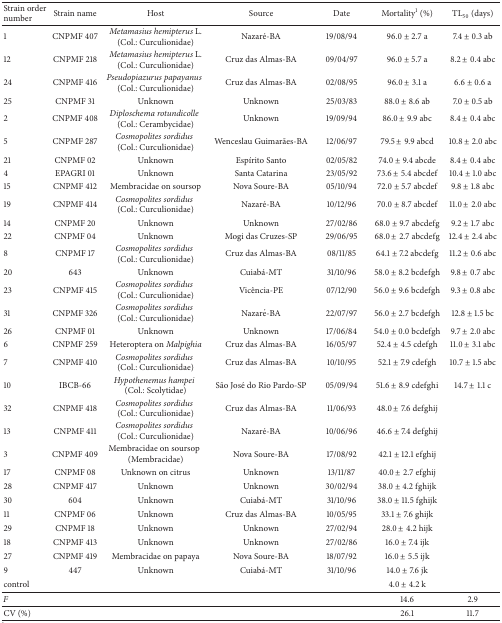
<table><thead><tr><td><b>Strain order number</b></td><td><b>Strain name</b></td><td><b>Host</b></td><td><b>Source</b></td><td><b>Date</b></td><td><b>Mortality<sup>1</sup> (%)</b></td><td><b>TL<sub>50</sub> (days)</b></td></tr></thead><tbody><tr><td>1</td><td>CNPMF 407</td><td><i>Metamasius hemipterus</i> L. (Col.: Curculionidae)</td><td>Nazaré-BA</td><td>19/08/94</td><td>96.0 ± 2.7 a</td><td>7.4 ± 0.3 ab</td></tr><tr><td>12</td><td>CNPMF 218</td><td><i>Metamasius hemipterus</i> L. (Col.: Curculionidae)</td><td>Cruz das Almas-BA</td><td>09/04/97</td><td>96.0 ± 5.7 a</td><td>8.2 ± 0.4 abc</td></tr><tr><td>24</td><td>CNPMF 416</td><td><i>Pseudopiazurus papayanus</i>(Col.: Curculionidae)</td><td>Cruz das Almas-BA</td><td>02/08/95</td><td>96.0 ± 3.1 a</td><td>6.6 ± 0.6 a</td></tr><tr><td>25</td><td>CNPMF 31</td><td>Unknown</td><td>Unknown</td><td>25/03/83</td><td>88.0 ± 8.6 ab</td><td>7.0 ± 0.5 ab</td></tr><tr><td>2</td><td>CNPMF 408</td><td><i>Diploschema rotundicolle</i>(Col.: Cerambycidae)</td><td>Unknown</td><td>19/09/94</td><td>86.0 ± 9.9 abc</td><td>8.4 ± 0.4 abc</td></tr><tr><td>5</td><td>CNPMF 287</td><td><i>Cosmopolites sordidus</i>(Col.: Curculionidae)</td><td>Wenceslau Guimarães-BA</td><td>12/06/97</td><td>79.5 ± 9.9 abcd</td><td>10.8 ± 2.0 abc</td></tr><tr><td>21</td><td>CNPMF 02</td><td>Unknown</td><td>Espírito Santo</td><td>02/05/82</td><td>74.0 ± 9.4 abcde</td><td>8.4 ± 0.4 abc</td></tr><tr><td>4</td><td>EPAGRI 01</td><td>Unknown</td><td>Santa Catarina</td><td>23/05/92</td><td>73.6 ± 5.4 abcdef</td><td>10.4 ± 1.0 abc</td></tr><tr><td>15</td><td>CNPMF 412</td><td>Membracidae on soursop</td><td>Nova Soure-BA</td><td>05/10/94</td><td>72.0 ± 5.7 abcdef</td><td>9.8 ± 1.8 abc</td></tr><tr><td>19</td><td>CNPMF 414</td><td><i>Cosmopolites sordidus</i>(Col.: Curculionidae)</td><td>Nazaré-BA</td><td>10/12/96</td><td>70.0 ± 8.7 abcdef</td><td>11.0 ± 2.0 abc</td></tr><tr><td>14</td><td>CNPMF 20</td><td>Unknown</td><td>Unknown</td><td>27/02/86</td><td>68.0 ± 9.7 abcdefg</td><td>9.2 ± 1.7 abc</td></tr><tr><td>22</td><td>CNPMF 04</td><td>Unknown</td><td>Mogi das Cruzes-SP</td><td>29/06/95</td><td>68.0 ± 2.7 abcdefg</td><td>12.4 ± 2.4 abc</td></tr><tr><td>8</td><td>CNPMF 17</td><td><i>Cosmopolites sordidus</i>(Col.: Curculionidae)</td><td>Cruz das Almas-BA</td><td>08/11/85</td><td>64.1 ± 7.2 abcdefg</td><td>11.2 ± 0.6 abc</td></tr><tr><td>20</td><td>643</td><td>Unknown</td><td>Cuiabá-MT</td><td>31/10/96</td><td>58.0 ± 8.2 bcdefgh</td><td>9.8 ± 0.7 abc</td></tr><tr><td>23</td><td>CNPMF 415</td><td><i>Cosmopolites sordidus</i>(Col.: Curculionidae)</td><td>Vicência-PE</td><td>07/12/90</td><td>56.0 ± 9.6 bcdefgh</td><td>9.3 ± 0.8 abc</td></tr><tr><td>31</td><td>CNPMF 326</td><td><i>Cosmopolites sordidus</i>(Col.: Curculionidae)</td><td>Nazaré-BA</td><td>22/07/97</td><td>56.0 ± 2.7 bcdefgh</td><td>12.8 ± 1.5 bc</td></tr><tr><td>26</td><td>CNPMF 01</td><td>Unknown</td><td>Unknown</td><td>17/06/84</td><td>54.0 ± 0.0 bcdefgh</td><td>9.7 ± 2.0 abc</td></tr><tr><td>6</td><td>CNPMF 259</td><td>Heteroptera on <i>Malpighia </i></td><td>Cruz das Almas-BA</td><td>16/05/97</td><td>52.4 ± 4.5 cdefgh</td><td>11.0 ± 3.1 abc</td></tr><tr><td>7</td><td>CNPMF 410</td><td><i>Cosmopolites sordidus</i>(Col.: Curculionidae)</td><td>Cruz das Almas-BA</td><td>10/10/95</td><td>52.1 ± 7.9 cdefgh</td><td>10.7 ± 1.5 abc</td></tr><tr><td>10</td><td>IBCB-66</td><td><i>Hypothenemus hampei</i>(Col.: Scolytidae)</td><td>São José do Rio Pardo-SP</td><td>05/09/94</td><td>51.6 ± 8.9 cdefghi</td><td>14.7 ± 1.1 c</td></tr><tr><td>32</td><td>CNPMF 418</td><td><i>Cosmopolites sordidus</i>(Col.: Curculionidae)</td><td>Cruz das Almas-BA</td><td>11/06/93</td><td>48.0 ± 7.6 defghij</td><td> </td></tr><tr><td>13</td><td>CNPMF 411</td><td><i>Cosmopolites sordidus</i>(Col.: Curculionidae)</td><td>Nazaré-BA</td><td>10/06/96</td><td>46.6 ± 7.4 defghij</td><td> </td></tr><tr><td>3</td><td>CNPMF 409</td><td>Membracidae on soursop(Membracidae)</td><td>Nova Soure-BA</td><td>17/08/92</td><td>42.1 ± 12.1 efghij</td><td> </td></tr><tr><td>17</td><td>CNPMF 08</td><td>Unknown on citrus</td><td>Unknown</td><td>13/11/87</td><td>40.0 ± 2.7 efghij</td><td> </td></tr><tr><td>28</td><td>CNPMF 417</td><td>Unknown</td><td>Unknown</td><td>30/02/94</td><td>38.0 ± 4.2 fghijk</td><td> </td></tr><tr><td>30</td><td>604</td><td>Unknown</td><td>Cuiabá-MT</td><td>31/10/96</td><td>38.0 ± 11.5 fghijk</td><td> </td></tr><tr><td>11</td><td>CNPMF 06</td><td>Unknown</td><td>Cruz das Almas-BA</td><td>10/05/95</td><td>33.1 ± 7.6 ghijk</td><td> </td></tr><tr><td>29</td><td>CNPMF 18</td><td>Unknown</td><td>Unknown</td><td>27/02/94</td><td>28.0 ± 4.2 hijk</td><td> </td></tr><tr><td>18</td><td>CNPMF 413</td><td>Unknown</td><td>Unknown</td><td>27/02/86</td><td>16.0 ± 7.4 ijk</td><td> </td></tr><tr><td>27</td><td>CNPMF 419</td><td>Membracidae on papaya</td><td>Nova Soure-BA</td><td>18/07/92</td><td>16.0 ± 5.5 ijk</td><td> </td></tr><tr><td>9</td><td>447</td><td>Unknown</td><td>Cuiabá-MT</td><td>31/10/96</td><td>14.0 ± 7.6 jk</td><td> </td></tr><tr><td>control</td><td> </td><td> </td><td> </td><td> </td><td>4.0 ± 4.2 k</td><td> </td></tr><tr><td><i>F</i></td><td> </td><td> </td><td> </td><td> </td><td>14.6</td><td>2.9</td></tr><tr><td>CV (%)</td><td> </td><td> </td><td> </td><td> </td><td>26.1</td><td>11.7</td></tr></tbody></table>